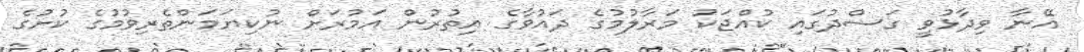
އޭނާ ވިދާޅުވީ ގަސްދުގައި ކުއްޖަކު މަރާލުމުގެ ދައުވާގެ އިތުރުން އަމުރަށް ނުކިޔަމަންތެރިވުމުގެ ކުށުގެ